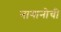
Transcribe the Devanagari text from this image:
नागानोची